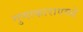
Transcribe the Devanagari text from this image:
गुणाकाराएवढे